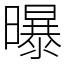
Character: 曝